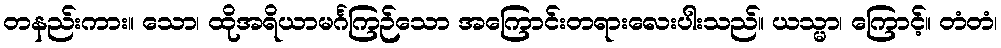
တနည်းကား။ သော၊ ထိုအရိယာမင်္ဂကြဉ်သော အကြောင်းတရားလေးပါးသည်။ ယသ္မာ၊ ကြောင့်။ တံတံ၊